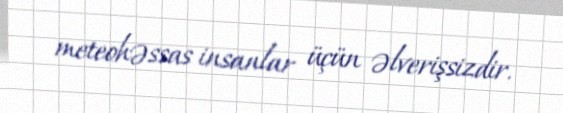
meteohəssas insanlar üçün əlverişsizdir.